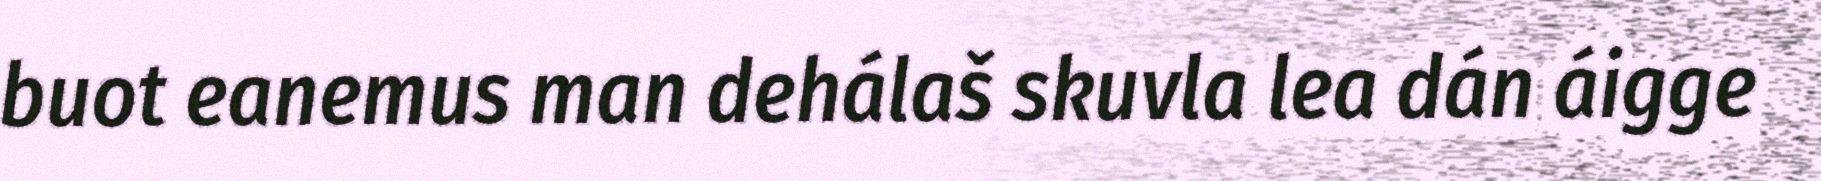
buot eanemus man dehálaš skuvla lea dán áigge